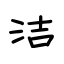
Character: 洁